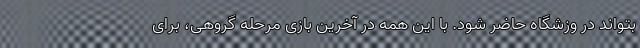
بتواند در وزشگاه حاضر شود. با این همه در آخرین بازی مرحله گروهی، برای